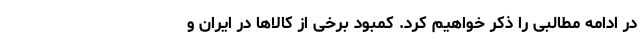
در ادامه مطالبی را ذکر خواهیم کرد. کمبود برخی از کالاها در ایران و